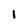
Character: 1